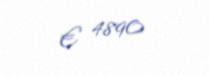
€ 4890